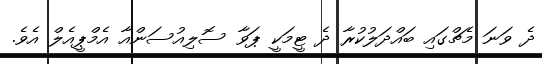
ދެ ވަނަ މެޗްގައި ބައްދަލުކުރާ ދެ ޓީމަކީ ޕަވާ ސޮލިއުސަންއާ އެމްޕީއެލް އެވެ.